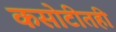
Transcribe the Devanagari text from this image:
कसोटीतही